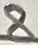
Text: 8